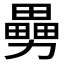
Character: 𠢿